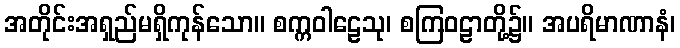
အတိုင်းအရှည်မရှိကုန်သော။ စက္ကဝါဠေသု၊ စကြဝဠာတို့၌။ အပရိမာဏာနံ၊